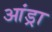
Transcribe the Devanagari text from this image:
आंड्रा